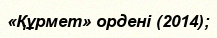
«Құрмет» ордені (2014);